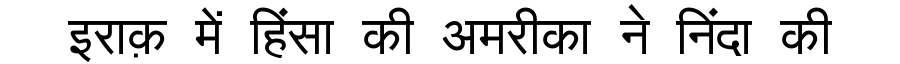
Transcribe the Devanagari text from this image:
इराक़ में हिंसा की अमरीका ने निंदा की